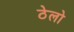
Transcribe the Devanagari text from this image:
ठेलो